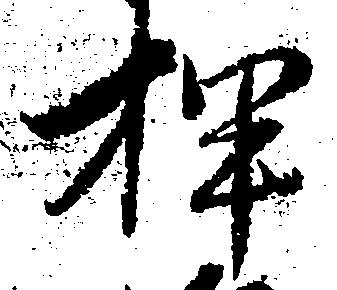
押